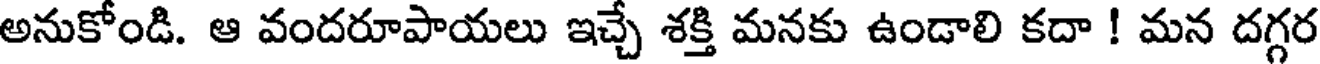
అనుకోండి. ఆ వందరూపాయలు ఇచ్చే శక్తి మనకు ఉండాలి కదా ! మన దగ్గర